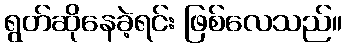
ရွတ်ဆိုနေခဲ့ရင်း ဖြစ်လေသည်။